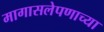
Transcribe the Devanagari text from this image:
मागासलेपणाच्या